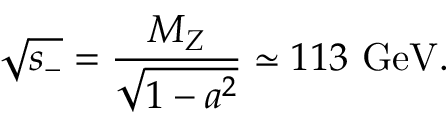
\sqrt { s _ { - } } = \frac { M _ { Z } } { \sqrt { 1 - a ^ { 2 } } } \simeq 1 1 3 ~ \mathrm { G e V } .